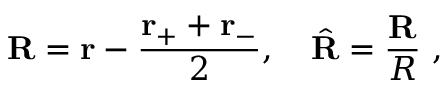
\mathbf { R } = \mathbf { r } - { \frac { \mathbf { r } _ { + } + \mathbf { r } _ { - } } { 2 } } , \quad { \hat { \mathbf { R } } } = { \frac { \mathbf { R } } { R } } \ ,